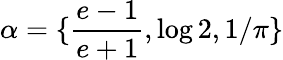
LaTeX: \alpha=\{ \frac{e-1}{e+1},\log 2,1/\pi\}